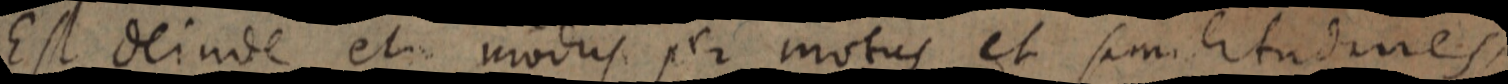
Est deinde et modus per motus et similitudines,